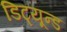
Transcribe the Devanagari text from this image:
डिट्यून्ड